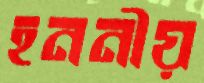
হননীয়